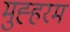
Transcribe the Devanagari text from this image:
मुह्हरम